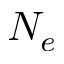
N _ { e }